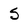
Character: 5